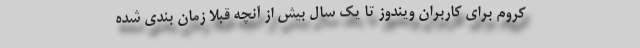
کروم برای کاربران ویندوز تا یک سال بیش از آنچه قبلاً زمان بندی شده